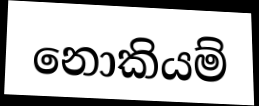
නොකියම්